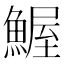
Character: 𲌼